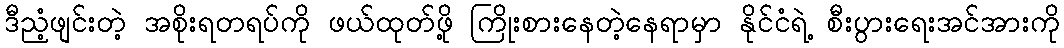
ဒီညံ့ဖျင်းတဲ့ အစိုးရတရပ်ကို ဖယ်ထုတ်ဖို့ ကြိုးစားနေတဲ့နေရာမှာ နိုင်ငံရဲ့ စီးပွားရေးအင်အားကို